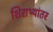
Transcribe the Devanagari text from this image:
शिराभ्यांतर